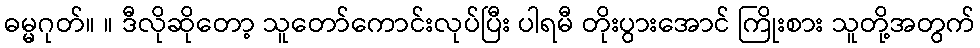
ဓမ္မဂုတ်။ ။ ဒီလိုဆိုတော့ သူတော်ကောင်းလုပ်ပြီး ပါရမီ တိုးပွားအောင် ကြိုးစား သူတို့အတွက်